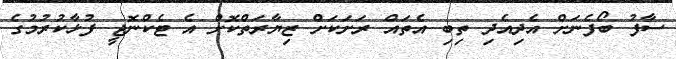
ސާފު ބޯފެނަށް އެދިއެދި ތިބި އެތައް ރަށަކަށް ޒިޔާރަތްކޮށް އެ ޓެކްނޮޖީ ފުޅާކުރުމުގެ